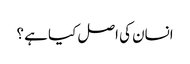
انسان کی اصل کیا ہے ؟